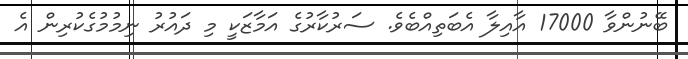
ބޭނުންވާ 17000 އާއިލާ އެބަތިއްބެވެ. ސަރުކާރުގެ އަމާޒަކީ މި ދައުރު ނިމުމުގެކުރިން އެ